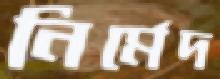
নির্মেদ